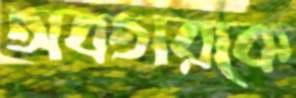
অবতারকে